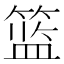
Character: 篮